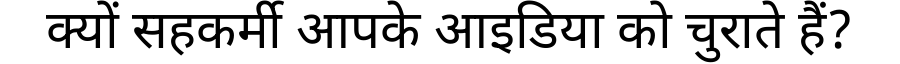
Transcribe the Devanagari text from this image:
क्यों सहकर्मी आपके आइडिया को चुराते हैं?